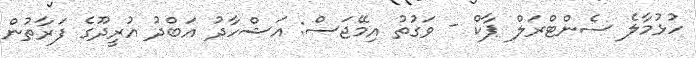
ހުޅުމާލެ ސެންޓްރަލް ޕާކް - ވަގުތު އިމޭޖަސް: އަޝްހާދު އަބްދު އުރީދޫގެ ފަރާތުން